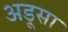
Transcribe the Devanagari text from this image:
अड़ूसा